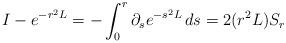
LaTeX: \begin{align*}I-e^{-r^2L} = -\int_0^r \partial_s e^{-s^2L}\,ds=2(r^2L)S_r\end{align*}